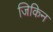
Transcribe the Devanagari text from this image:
जिकिन